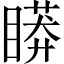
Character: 䁳